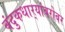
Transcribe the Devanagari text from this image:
बंदुकधार्‍यांबरोबर